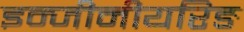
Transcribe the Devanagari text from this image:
इन्जीनीयरिङ